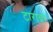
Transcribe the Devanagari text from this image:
टारावा